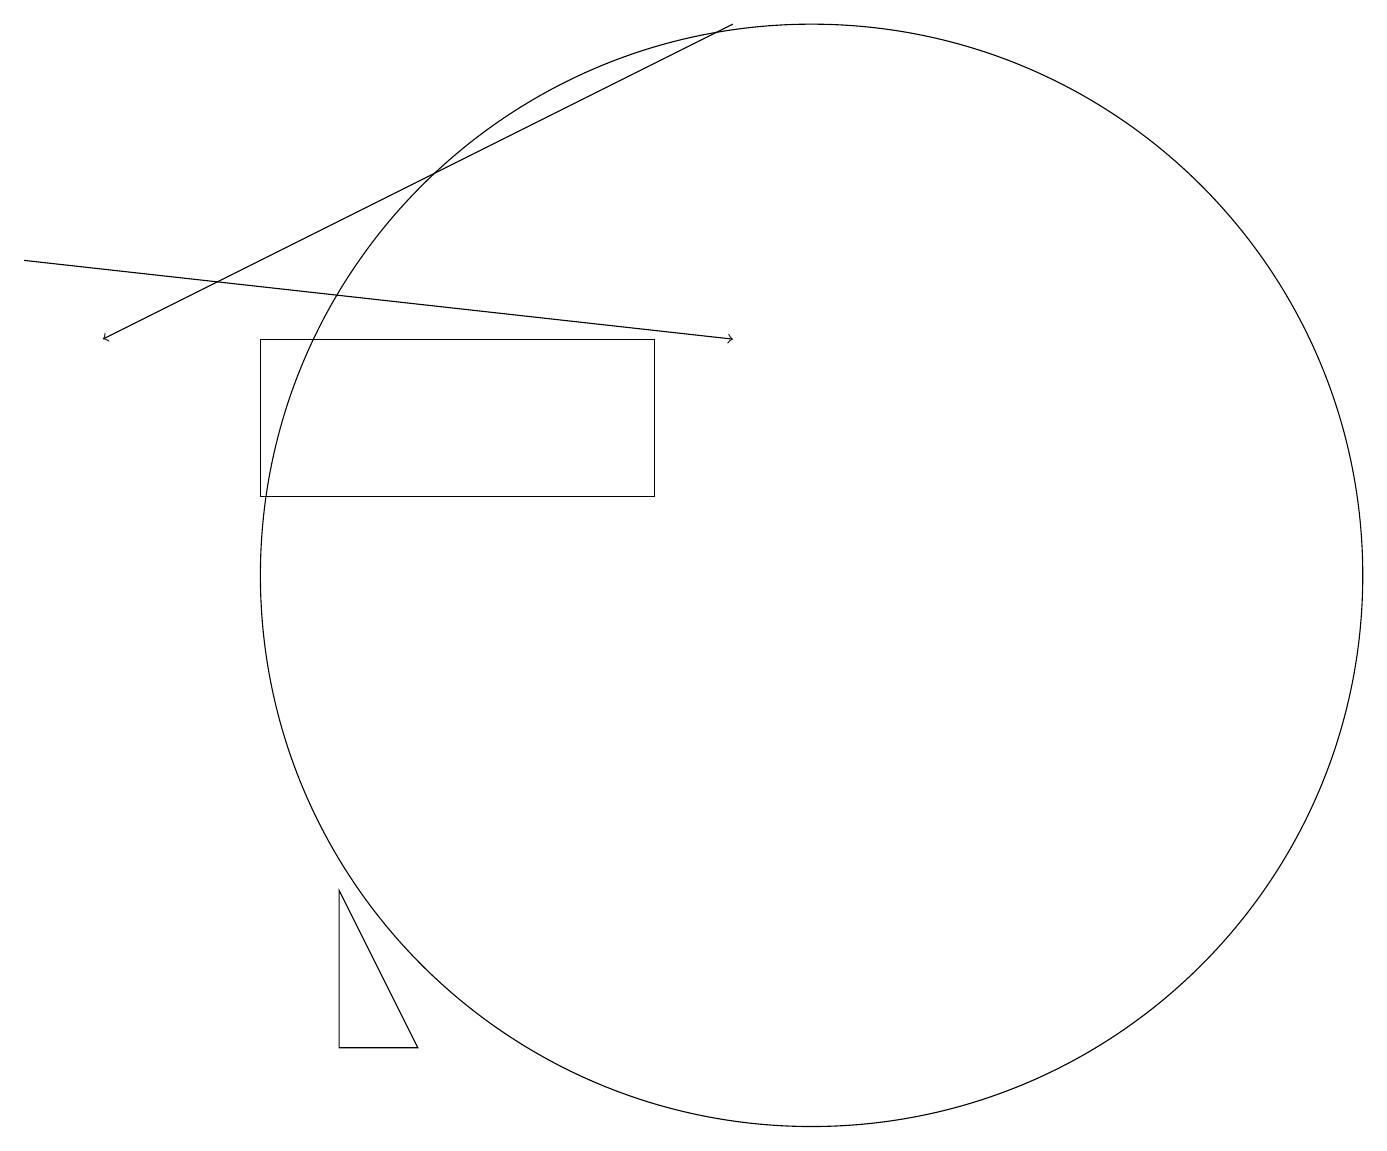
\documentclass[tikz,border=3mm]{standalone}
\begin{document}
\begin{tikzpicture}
\draw (8,13) rectangle (3,11);
\draw (4,4) -- (4,6) -- (5,4) -- cycle;
\draw[->] (0,14) -- (9,13);
\draw[->] (9,17) -- (1,13);
\draw (10,10) circle (7);
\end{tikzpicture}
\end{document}